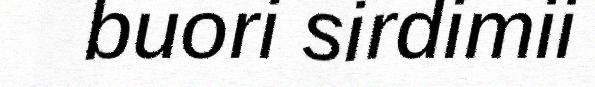
buori sirdimii